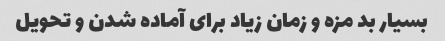
بسیار بد مزه و زمان زیاد برای آماده شدن و تحویل